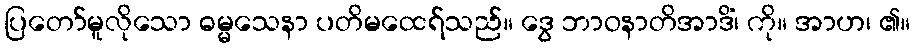
ပြတော်မူလိုသော ဓမ္မသေနာ ပတိမထေရ်သည်။ ဒွေ ဘာဝနာတိအာဒိံ၊ ကို။ အာဟ၊ ၏။